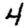
Digit: 4